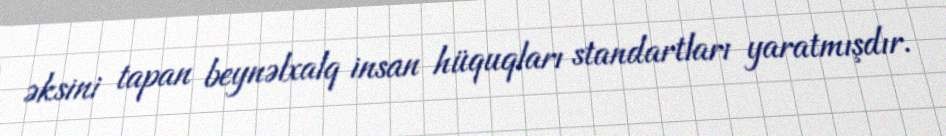
əksini tapan beynəlxalq insan hüquqları standartları yaratmışdır.